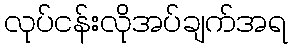
လုပ်ငန်းလိုအပ်ချက်အရ